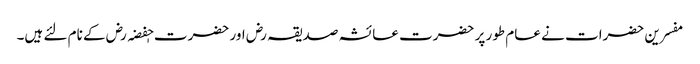
مفسرین حضرات نے عام طور پر حضرت عائشہ صدیقہ رض اور حضرت حٖفضہ رض کے نام لئے ہیں۔